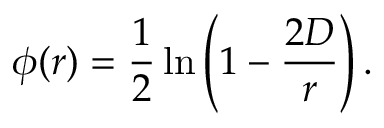
\phi ( r ) = { \frac { 1 } { 2 } } \ln \left( 1 - { \frac { 2 D } { r } } \right) .